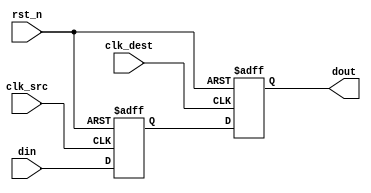
module signal_level_crossing_synchronizer #(
    parameter WIDTH = 1 // Width of the input signal
)(
    input wire clk_src,           // Source clock
    input wire clk_dest,          // Destination clock
    input wire [WIDTH-1:0] din,   // Input signal to be synchronized
    input wire rst_n,             // Asynchronous active-low reset
    output reg [WIDTH-1:0] dout   // Synchronized output signal
);

    // Internal signals for the dual flip-flop synchronizer
    reg [WIDTH-1:0] sync_ff1; // First flip-flop output

    // First flip-flop: samples the input signal on the source clock
    always @(posedge clk_src or negedge rst_n) begin
        if (!rst_n) begin
            sync_ff1 <= {WIDTH{1'b0}}; // Initialize to known state
        end else begin
            sync_ff1 <= din; // Sample input signal
        end
    end

    // Second flip-flop: samples the first flip-flop output on the destination clock
    always @(posedge clk_dest or negedge rst_n) begin
        if (!rst_n) begin
            dout <= {WIDTH{1'b0}}; // Initialize to known state
        end else begin
            dout <= sync_ff1; // Output synchronized signal
        end
    end

endmodule